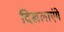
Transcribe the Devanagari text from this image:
दिखलाएंगे